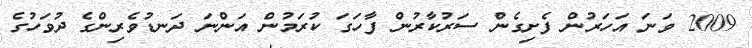
2009 ވަނަ އަހަރުން ފެށިގެން ސަރުކާރުން ފާހަގަ ކުރަމުން އަންނަ ދަނޑުވެރިންގެ ދުވަހުގެ